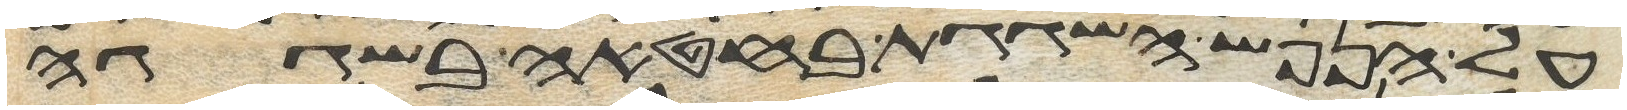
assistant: על הנפש השגגת בחטאה בשגגה